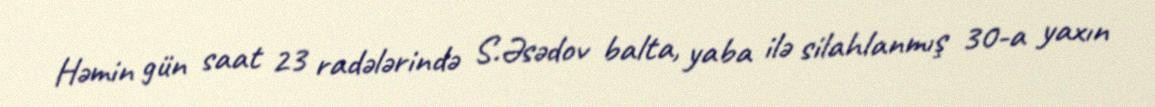
Həmin gün saat 23 radələrində S.Əsədov balta, yaba ilə silahlanmış 30-a yaxın